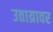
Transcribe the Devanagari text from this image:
उताय्रावर